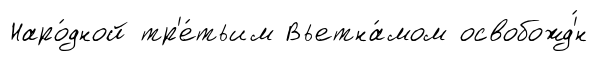
Наро́дной тр'е́тьим Вьетна́мом освобожд'́н